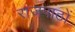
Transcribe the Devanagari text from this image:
राजपाठों